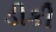
ડીકી